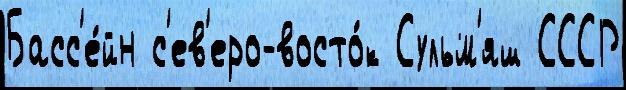
Басс'е́йн с'ев'еро-восто́к Сульм'яш СССР